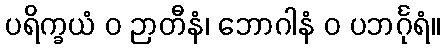
ပရိက္ခယံ ဝ ဉာတီနံ၊ ဘောဂါနံ ဝ ပဘင်္ဂုရံ။